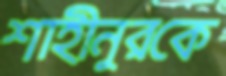
শাহীনুরকে